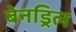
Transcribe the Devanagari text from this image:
बेनड्रिल